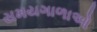
સમયગાળાઓ